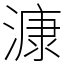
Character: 漮